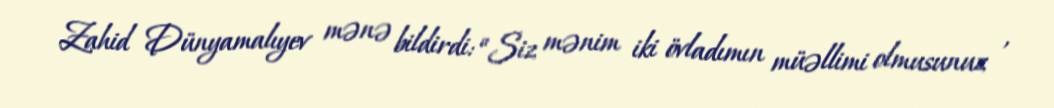
Zahid Dünyamalıyev mənə bildirdi: “Siz mənim iki övladımın müəllimi olmusunuz ,